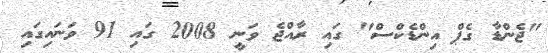
"ޖެންޑާ ގެޕް އިންޑެކްސް" ގައި ރާއްޖެ ވަނީ 2008 ގައި 91 ވަނައިގައި